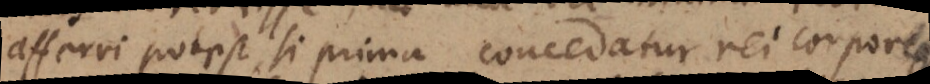
afferri potest, si prima concedatur rei corporeae,